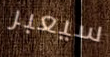
سيعبر